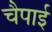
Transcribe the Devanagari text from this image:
चैपाई